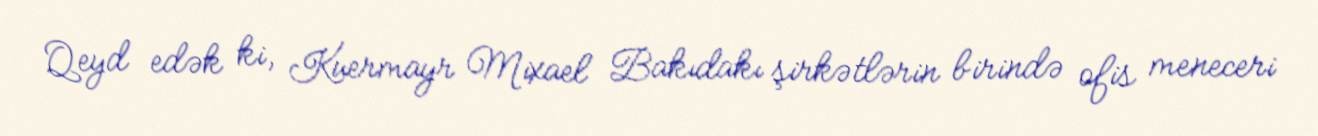
Qeyd edək ki, Kuermayr Mixael Bakıdakı şirkətlərin birində ofis meneceri